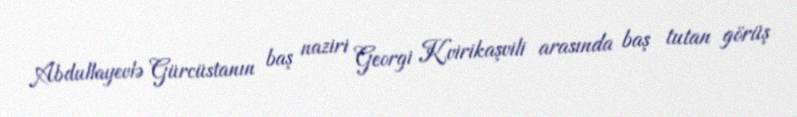
Abdullayevlə Gürcüstanın baş naziri Georgi Kvirikaşvili arasında baş tutan görüş